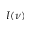
I ( \nu )